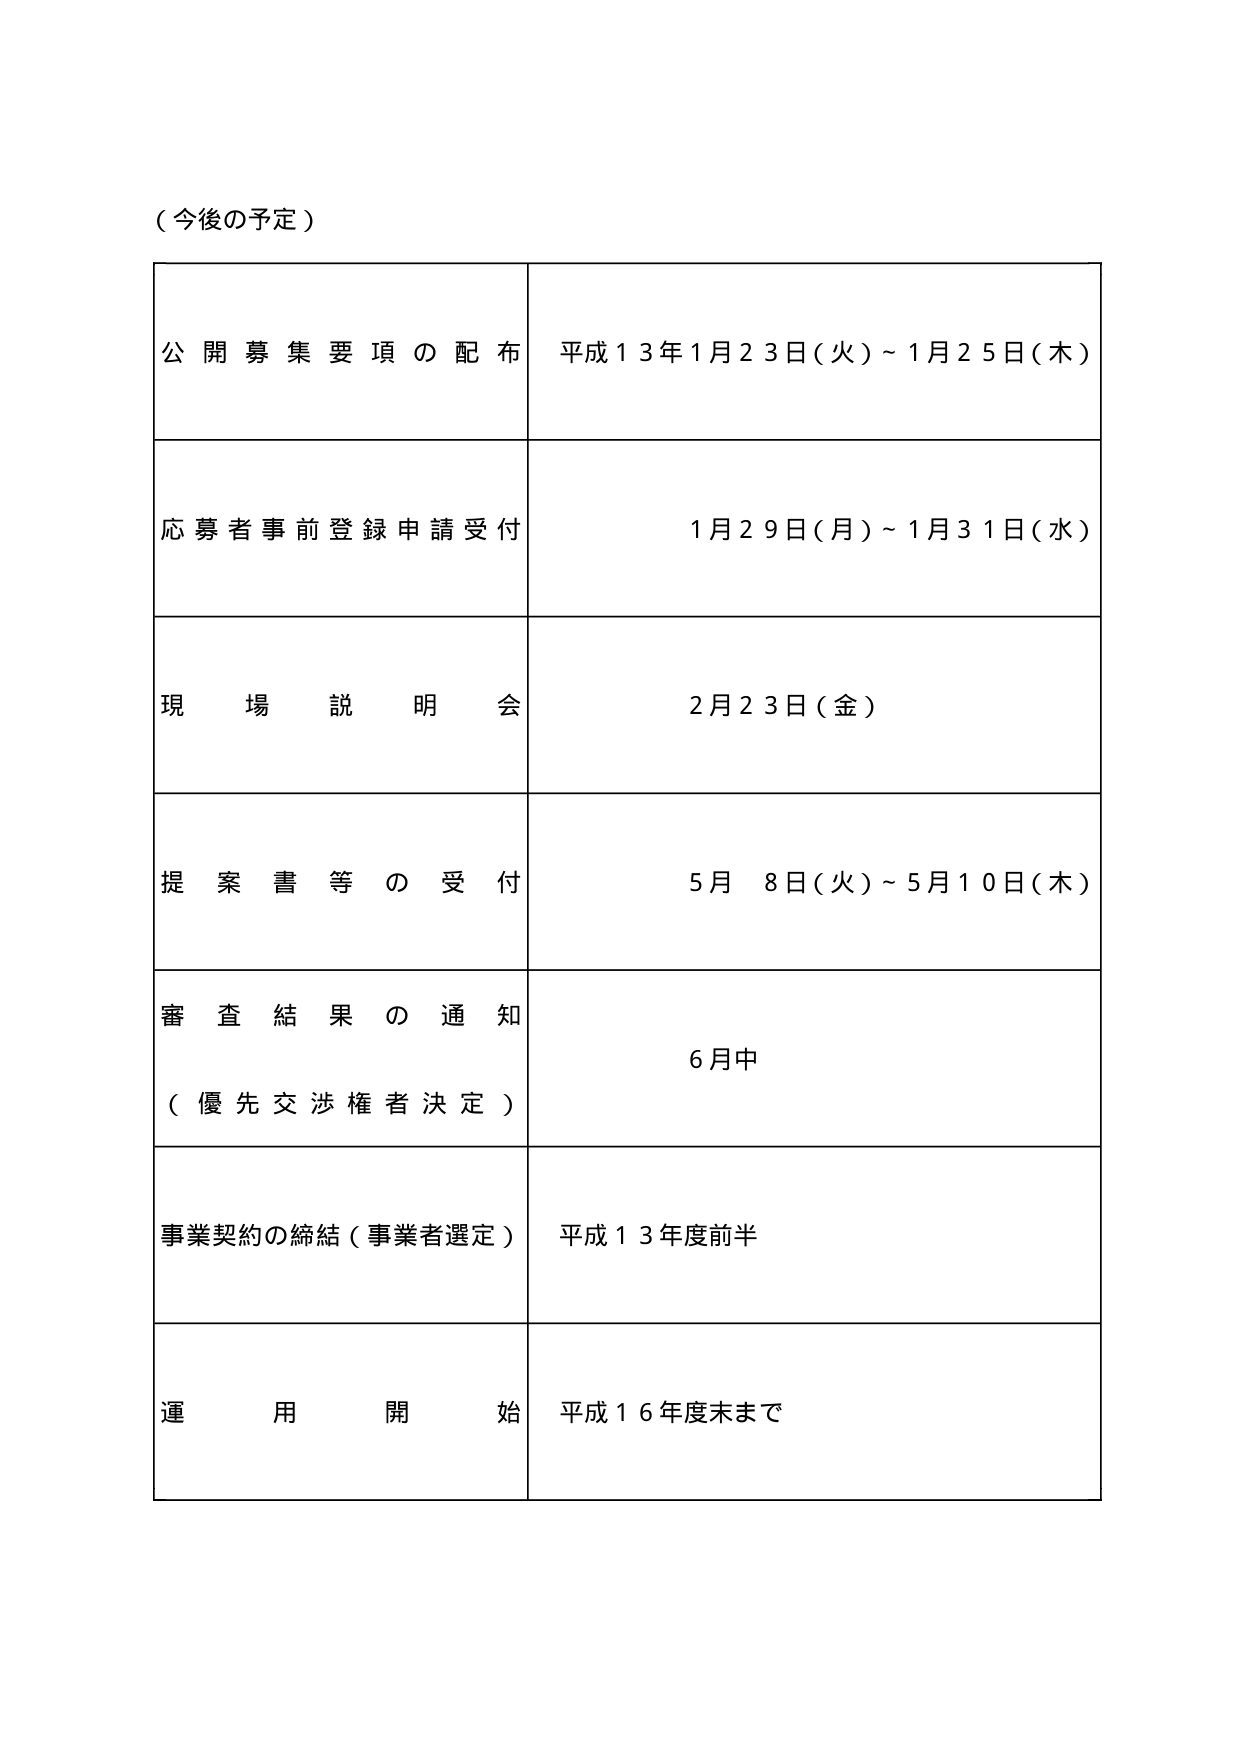
（今後の予定）

公開募集要項の配布　平成１３年１月２３日（火）～１月２５日（木）

応募者事前登録申請受付　１月２９日（月）～１月３１日（水）

現場説明会　２月２３日（金）

提案書等の受付　５月　８日（火）～５月１０日（木）

審査結果の通知　６月中
（優先交渉権者決定）

事業契約の締結（事業者選定）　平成１３年度前半

運用開始　平成１６年度末まで